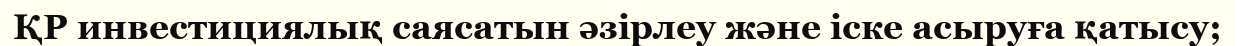
ҚР инвестициялық саясатын әзірлеу және іске асыруға қатысу;